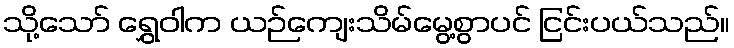
သို့သော် ရွှေဝါက ယဉ်ကျေးသိမ်မွေ့စွာပင် ငြင်းပယ်သည်။